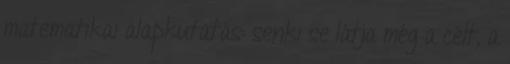
matematikai alapkutatás: senki se látja még a célt, a